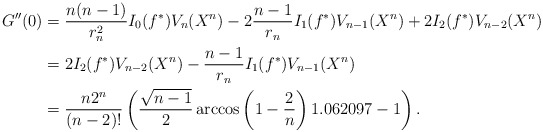
\begin{align*}G''(0) & = \frac{n(n-1)}{r_n^2}I_0(f^*)V_n(X^n)-2\frac{n-1}{r_n}I_1(f^*)V_{n-1}(X^n)+2I_2(f^*)V_{n-2}(X^n)\\& = 2I_2(f^*)V_{n-2}(X^n)-\frac{n-1}{r_n}I_1(f^*)V_{n-1}(X^n)\\& = \frac{n2^n}{(n-2)!}\left (\frac{\sqrt{n-1}}{2}\arccos \left (1-\frac{2}{n}\right )1.062097-1\right ).\end{align*}